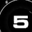
Digit: 5